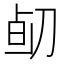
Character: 𠝅